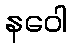
နဝေါ